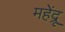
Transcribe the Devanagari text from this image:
महेंद्रू